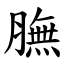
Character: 膴